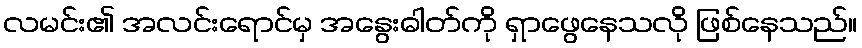
လမင်း၏ အလင်းရောင်မှ အနွေးဓါတ်ကို ရှာဖွေနေသလို ဖြစ်နေသည်။